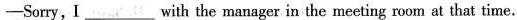
—Sorry, I___with the manager in the meeting room at that time.